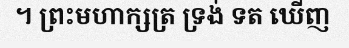
។ ព្រះមហាក្សត្រ ទ្រង់ ទត ឃើញ